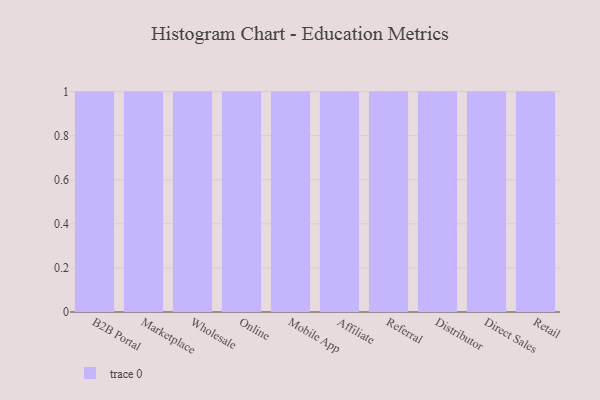
{"axis": {"x": "Channel", "y": "Net Income (USD K)"}, "legend": [""], "data": [{"x": "B2B Portal", "y": 46, "type": ""}, {"x": "Marketplace", "y": 15, "type": ""}, {"x": "Wholesale", "y": 52, "type": ""}, {"x": "Online", "y": 92, "type": ""}, {"x": "Mobile App", "y": 63, "type": ""}, {"x": "Affiliate", "y": 82, "type": ""}, {"x": "Referral", "y": 59, "type": ""}, {"x": "Distributor", "y": 64, "type": ""}, {"x": "Direct Sales", "y": 13, "type": ""}, {"x": "Retail", "y": 2, "type": ""}]}